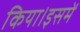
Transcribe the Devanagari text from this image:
किया।इसमें